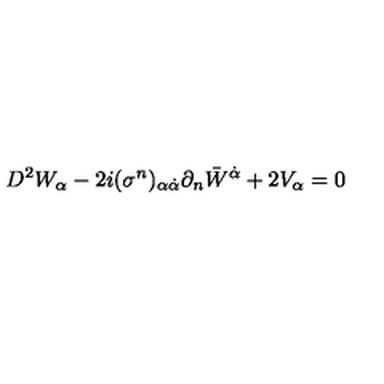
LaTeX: D ^ { 2 } W _ { \alpha } - 2 i ( \sigma ^ { n } ) _ { \alpha \dot { \alpha } } \partial _ { n } { \bar { W } } ^ { \dot { \alpha } } + 2 V _ { \alpha } = 0